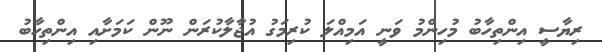
ރިޔާސީ އިންތިހާބު މުހިންމު ވަނީ އަމިއްލަ ކުރިމަގު އުޖާލާކުރަން ނޫން ކަމަށާއި އިންތިހާބު